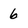
Character: 6